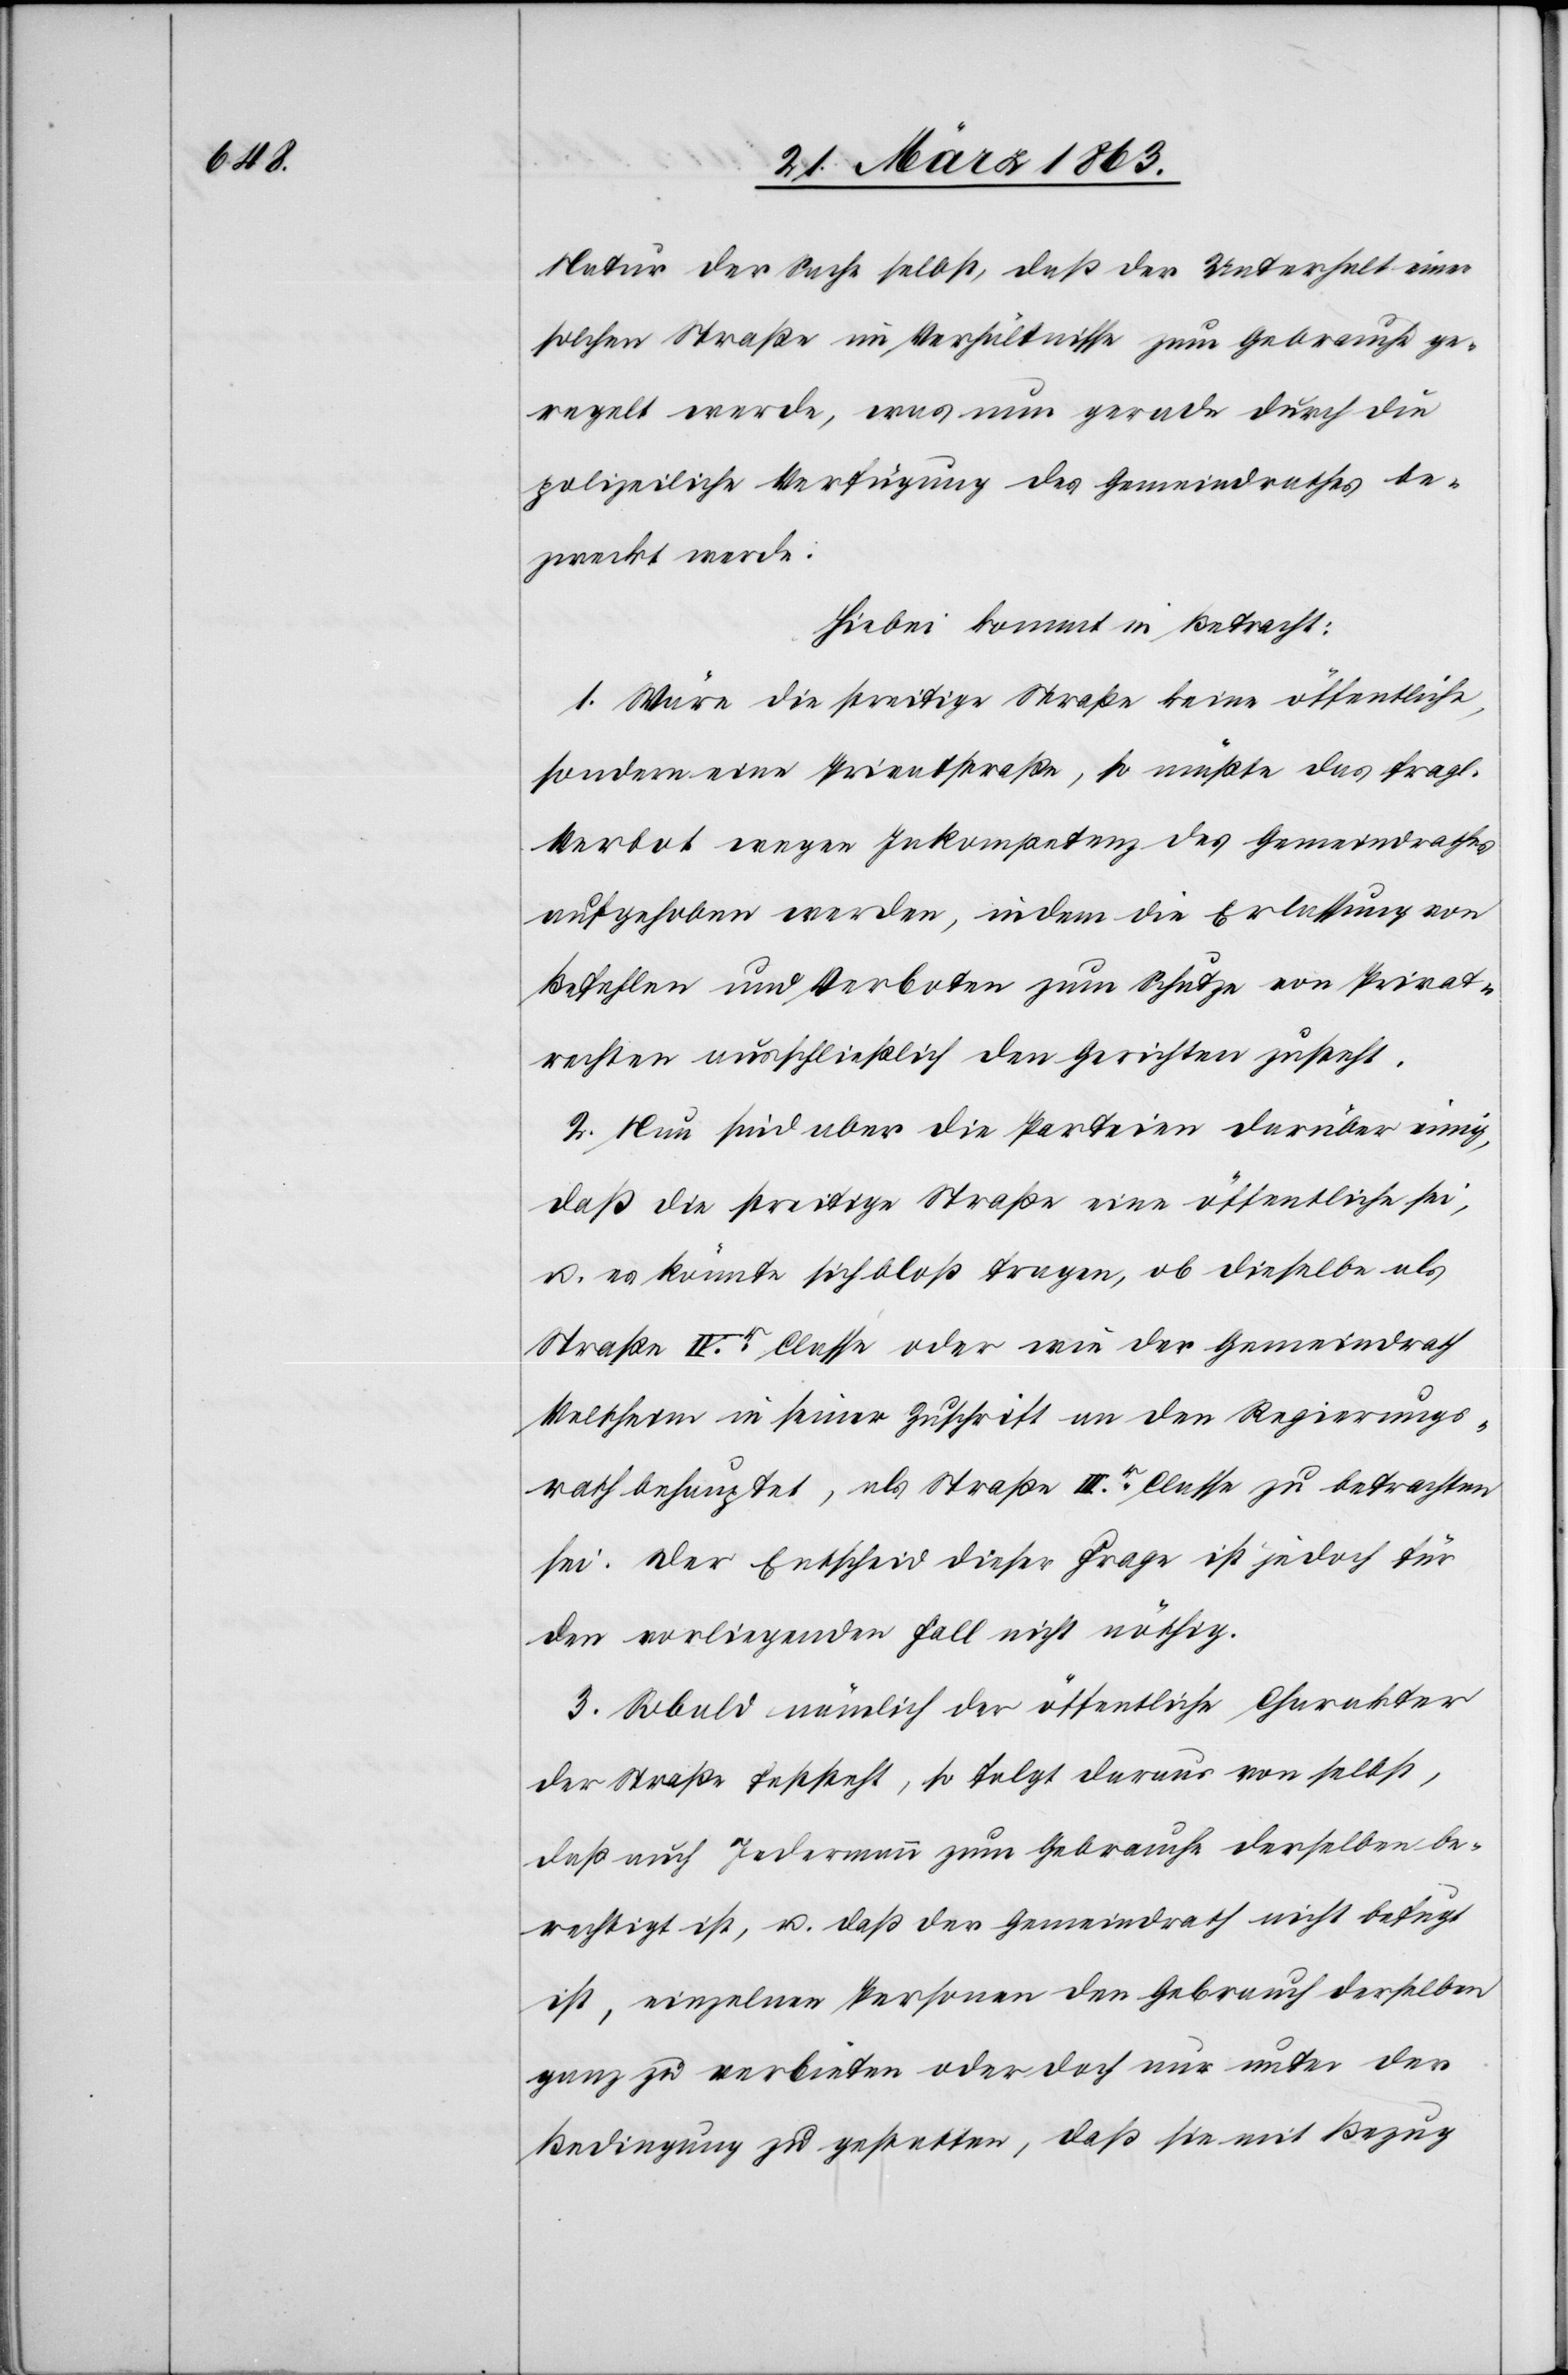
Natur der Sache selbst, daß der Unterhalt einer
solchen Straße im Verhältnisse zum Gebrauche ge¬
regelt werde, was nun gerade durch die
polizeiliche Verfügung des Gemeindrathes be¬
zweckt werde.
Hiebei kommt in Betracht:
1. Wäre die streitige Straße keine öffentliche,
sondern eine Privatstraße, so müßte das fragl.
Verbot wegen Inkompetenz des Gemeindrathes
aufgehoben werden, indem die Erlassung von
Befehlen und Verboten zum Schutze von Privat¬
rechten ausschließlich den Gerichten zusteht.
2. Nun sind aber die Parteien darüber einig,
daß die streitige Straße eine öffentliche sei,
u. es könnte sich bloß fragen, ob dieselbe als
Straße IVr Classe oder wie der Gemeindrath
Veltheim in seiner Zuschrift an den Regierungs¬
rath behauptet, als Straße IIIr Classe zu betrachten
sei. Der Entscheid dieser Frage ist jedoch für
den vorliegenden Fall nicht nöthig.
3. Sobald nämlich der öffentliche Charakter
der Straße feststeht, so folgt daraus von selbst,
daß auch Jedermann zum Gebrauche derselben be¬
rechtigt ist, u. daß der Gemeindrath nicht befugt
ist, einzelnen Personen den Gebrauch derselben
ganz zu verbieten oder doch nur unter der
Bedingung zu gestatten, daß sie mit Bezug